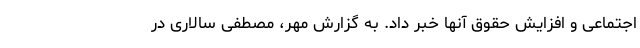
اجتماعی و افزایش حقوق آنها خبر داد. به گزارش مهر، مصطفی سالاری در